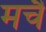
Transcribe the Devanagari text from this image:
मचै